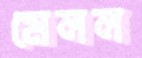
মেলল